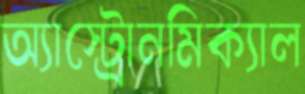
অ্যাস্ট্রোনমিক্যাল